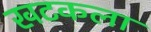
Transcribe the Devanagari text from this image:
खटकला